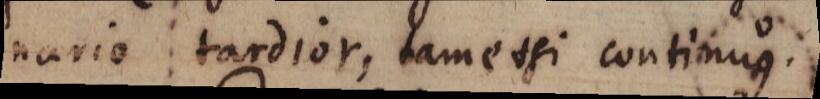
nario tardior, tametsi continuus.